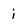
Character: i